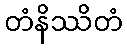
တံနိဿိတံ